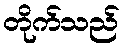
တိုက်သည်